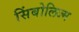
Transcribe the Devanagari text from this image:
सिंबोलिज्म